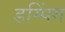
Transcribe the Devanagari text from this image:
डम्पिंग